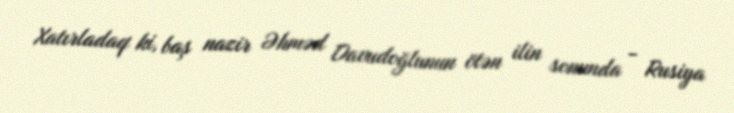
Xatırladaq ki, baş nazir Əhməd Davudoğlunun ötən ilin sonunda - Rusiya